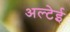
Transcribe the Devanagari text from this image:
अल्टेई